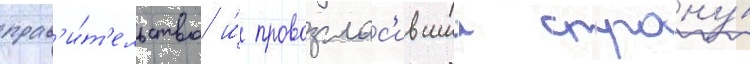
прав'и́т'ельство и́ провозглас'ившии страну́